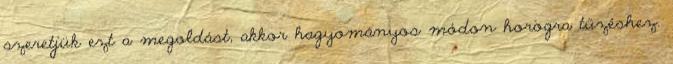
szeretjük ezt a megoldást, akkor hagyományos módon horogra tűzéshez.